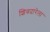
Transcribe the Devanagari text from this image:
शिवदारेला